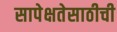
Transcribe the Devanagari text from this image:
सापेक्षतेसाठीची